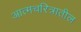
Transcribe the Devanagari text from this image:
आत्मचरित्रातील